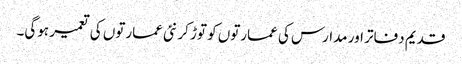
قدیم دفاتر اور مدارس کی عمارتوں کو توڑ کر نئی عمارتوں کی تعمیر ہوگی۔